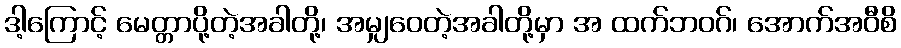
ဒါ့ကြောင့် မေတ္တာပို့တဲ့အခါတို့၊ အမျှဝေတဲ့အခါတို့မှာ အ ထက်ဘဝဂ်၊ အောက်အဝီစိ